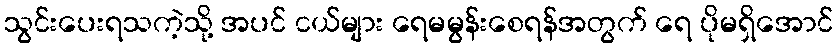
သွင်းပေးရသကဲ့သို့ အပင် ငယ်များ ရေမမွန်းစေရန်အတွက် ရေ ပိုမရှိအောင်